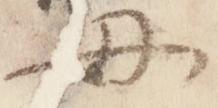
母